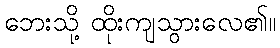
ဘေးသို့ ထိုးကျသွားလေ၏။